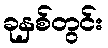
ခုနှစ်တွင်း